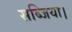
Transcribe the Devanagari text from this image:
सब्जिया।